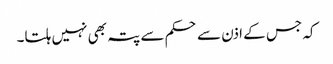
کہ جس کے اذن سے حکم سے پتہ بھی نہیں ہلتا۔